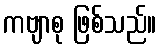
ကဗျာစု ဖြစ်သည်။